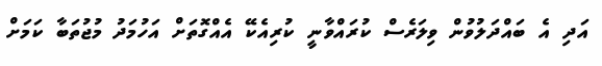
އަދި އެ ބައްދަލުވުން ވިލަރެސް ކުރައްވާނީ ކުރިއެކޭ އެއްގޮތަށް އަހުމަދު މުޖުތަބާ ކަމަށް